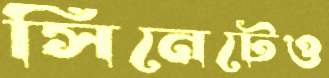
সিনেটেও